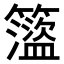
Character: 𥶎